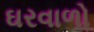
ઘરવાળો